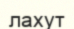
лахут